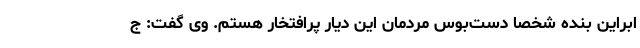
ابراین بنده شخصا دست‌بوس مردمان این دیار پرافتخار هستم. وی گفت: ج